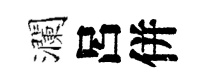
瀾呂併